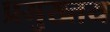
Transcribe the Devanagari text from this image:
प्रमुख्तय